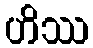
ဟိဿ